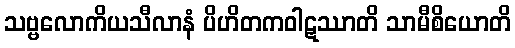
သဗ္ဗလောကိယသီလာနံ ပိဟိတကဝါဋဿာတိ သာမီစိယောတိ